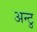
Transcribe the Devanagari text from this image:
अन्टु